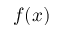
f ( x )